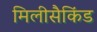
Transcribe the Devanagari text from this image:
मिलीसैकिंड